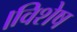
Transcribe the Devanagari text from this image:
।विशेष